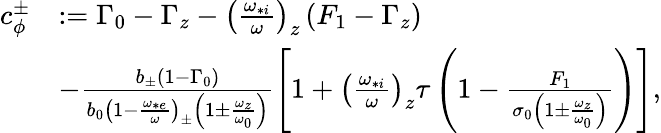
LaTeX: \begin{array}{rl}{c_{\phi}^{\pm}}&{:=\Gamma_{0}-\Gamma_{z}-\left(\frac{\omega_{*i}}{\omega}\right)_{z}\left(F_{1}-\Gamma_{z}\right)}\\ &{-\frac{b_{\pm}\left(1-\Gamma_{0}\right)}{b_{0}\left(1-\frac{\omega_{*e}}{\omega}\right)_{\pm}\left(1\pm\frac{\omega_{z}}{\omega_{0}}\right)}\left[1+\left(\frac{\omega_{*i}}{\omega}\right)_{z}\tau\left(1-\frac{F_{1}}{\sigma_{0}\left(1\pm\frac{\omega_{z}}{\omega_{0}}\right)}\right)\right],}\end{array}